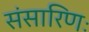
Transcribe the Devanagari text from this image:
संसारिणः